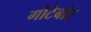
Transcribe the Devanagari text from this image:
गोटेबोर